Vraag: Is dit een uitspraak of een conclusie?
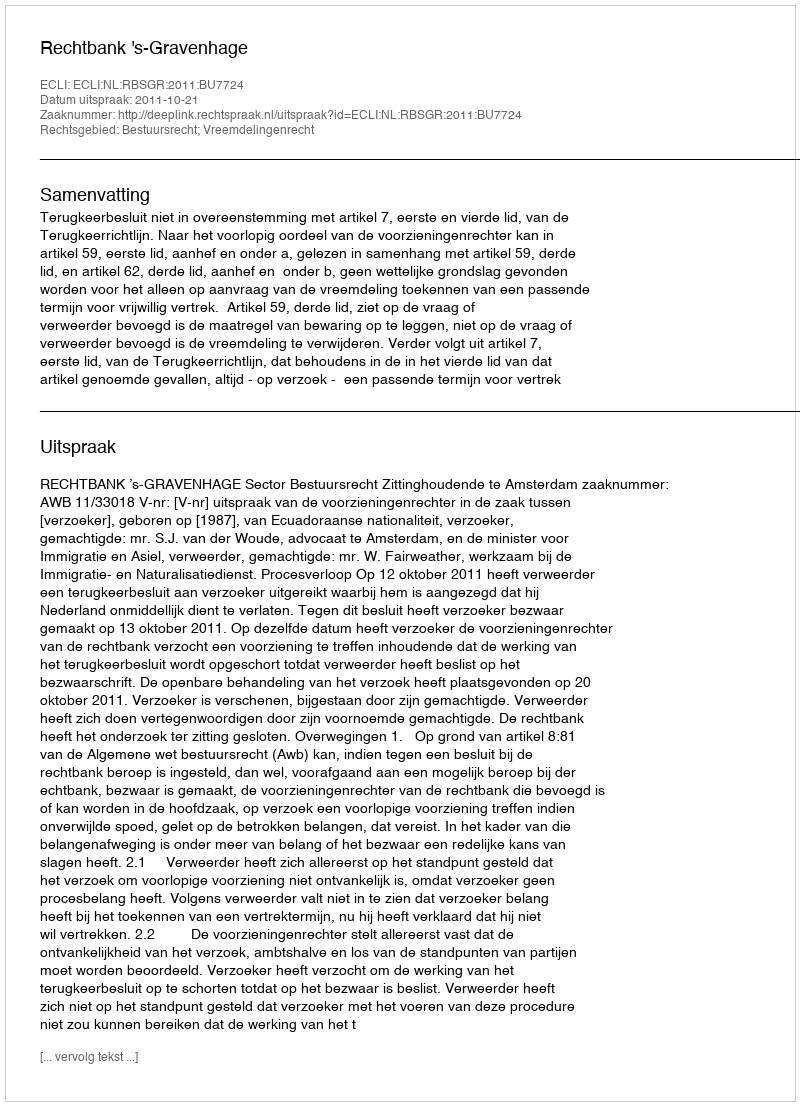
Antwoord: Uitspraak